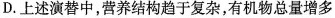
D.上述演替中，营养结构趋于复杂，有机物总量增多